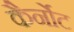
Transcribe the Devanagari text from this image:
कैर्नोट